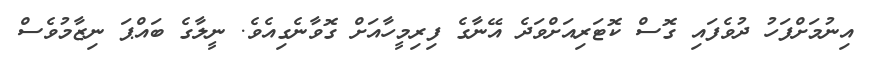
އިނުމަށްފަހު ދުވެފައި ގޮސް ކޮޓަރިއަށްވަދެ އޭނާގެ ފިރިމީހާއަށް ގޮވާނެގިއެވެ. ނީލާގެ ބައްޕަ ނިޒާމުވެސް